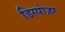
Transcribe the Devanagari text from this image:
डिस्पोज़र